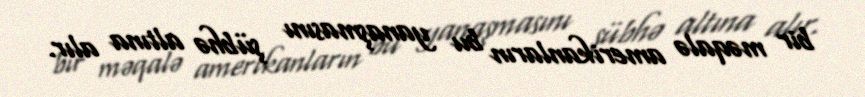
bir məqalə amerikanların bu yanaşmasını şübhə altına alır.